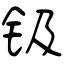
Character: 钑